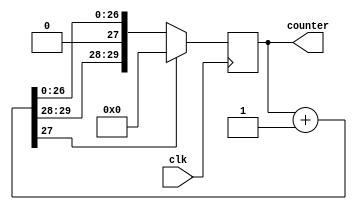
module testT(clk, counter);
	input clk;
	output reg [29:0] counter;
	
	
	initial counter = 0;
	
	always@(posedge clk) begin
		counter = counter + 1;
		if(counter[27]) counter = 0;
	end
endmodule